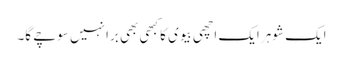
ایک شوہر ایک اچھی بیوی کا کبھی بھی برا نہیں سوچے گا۔